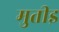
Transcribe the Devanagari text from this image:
मुतीइ